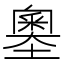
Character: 𡒃